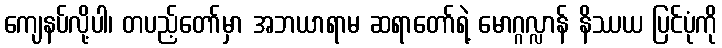
ကျေနပ်လို့ပါ၊ တပည့်တော်မှာ အဘယာရာမ ဆရာတော်ရဲ့ မောဂ္ဂလ္လာန် နိဿယ ပြင်ပုံကို